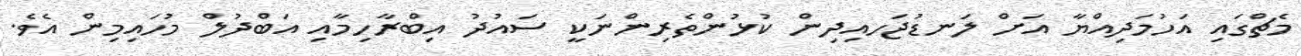
މެޗްގައި އަހުމަދިއްޔާ އަށް ލަނޑުޖަހއިދިން ކުޅުންތެރިންނަކީ ސައުދު އިބްރާހިމާއި އަބްދުލް މުހައިމިން އެވެ.